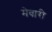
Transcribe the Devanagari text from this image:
मेवारी